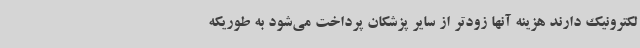
لکترونیک دارند هزینه آنها زودتر از سایر پزشکان پرداخت می‌شود به طوریکه